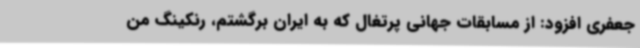
جعفری افزود: از مسابقات جهانی پرتغال که به ایران برگشتم، رنکینگ من